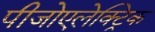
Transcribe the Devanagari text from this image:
पीजोएलेक्ट्रिक